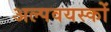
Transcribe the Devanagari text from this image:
अल्पवयस्कों